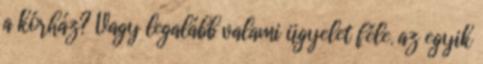
a kórház? Vagy legalább valami ügyelet féle. az egyik